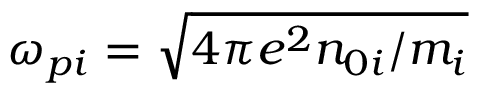
\omega _ { p i } = \sqrt { 4 \pi e ^ { 2 } n _ { 0 i } / m _ { i } }